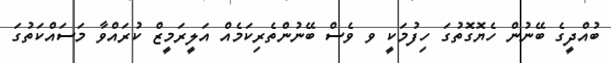
ބުއްދީގެ ބޭނުން ހެޔޮގޮތުގަ ހިފުމަކީ ވ ވެސް ބޭނުންތެރިކަމެއް އަލީރަމީޒް ކުރައްވާ މަސައްކަތުގަ